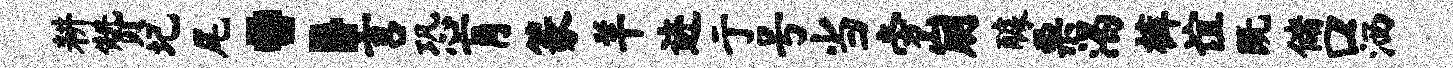
耕赞圮尾：言恐肓篆羊迹亍号当旁崩醵栗渴裤谊既储口洒